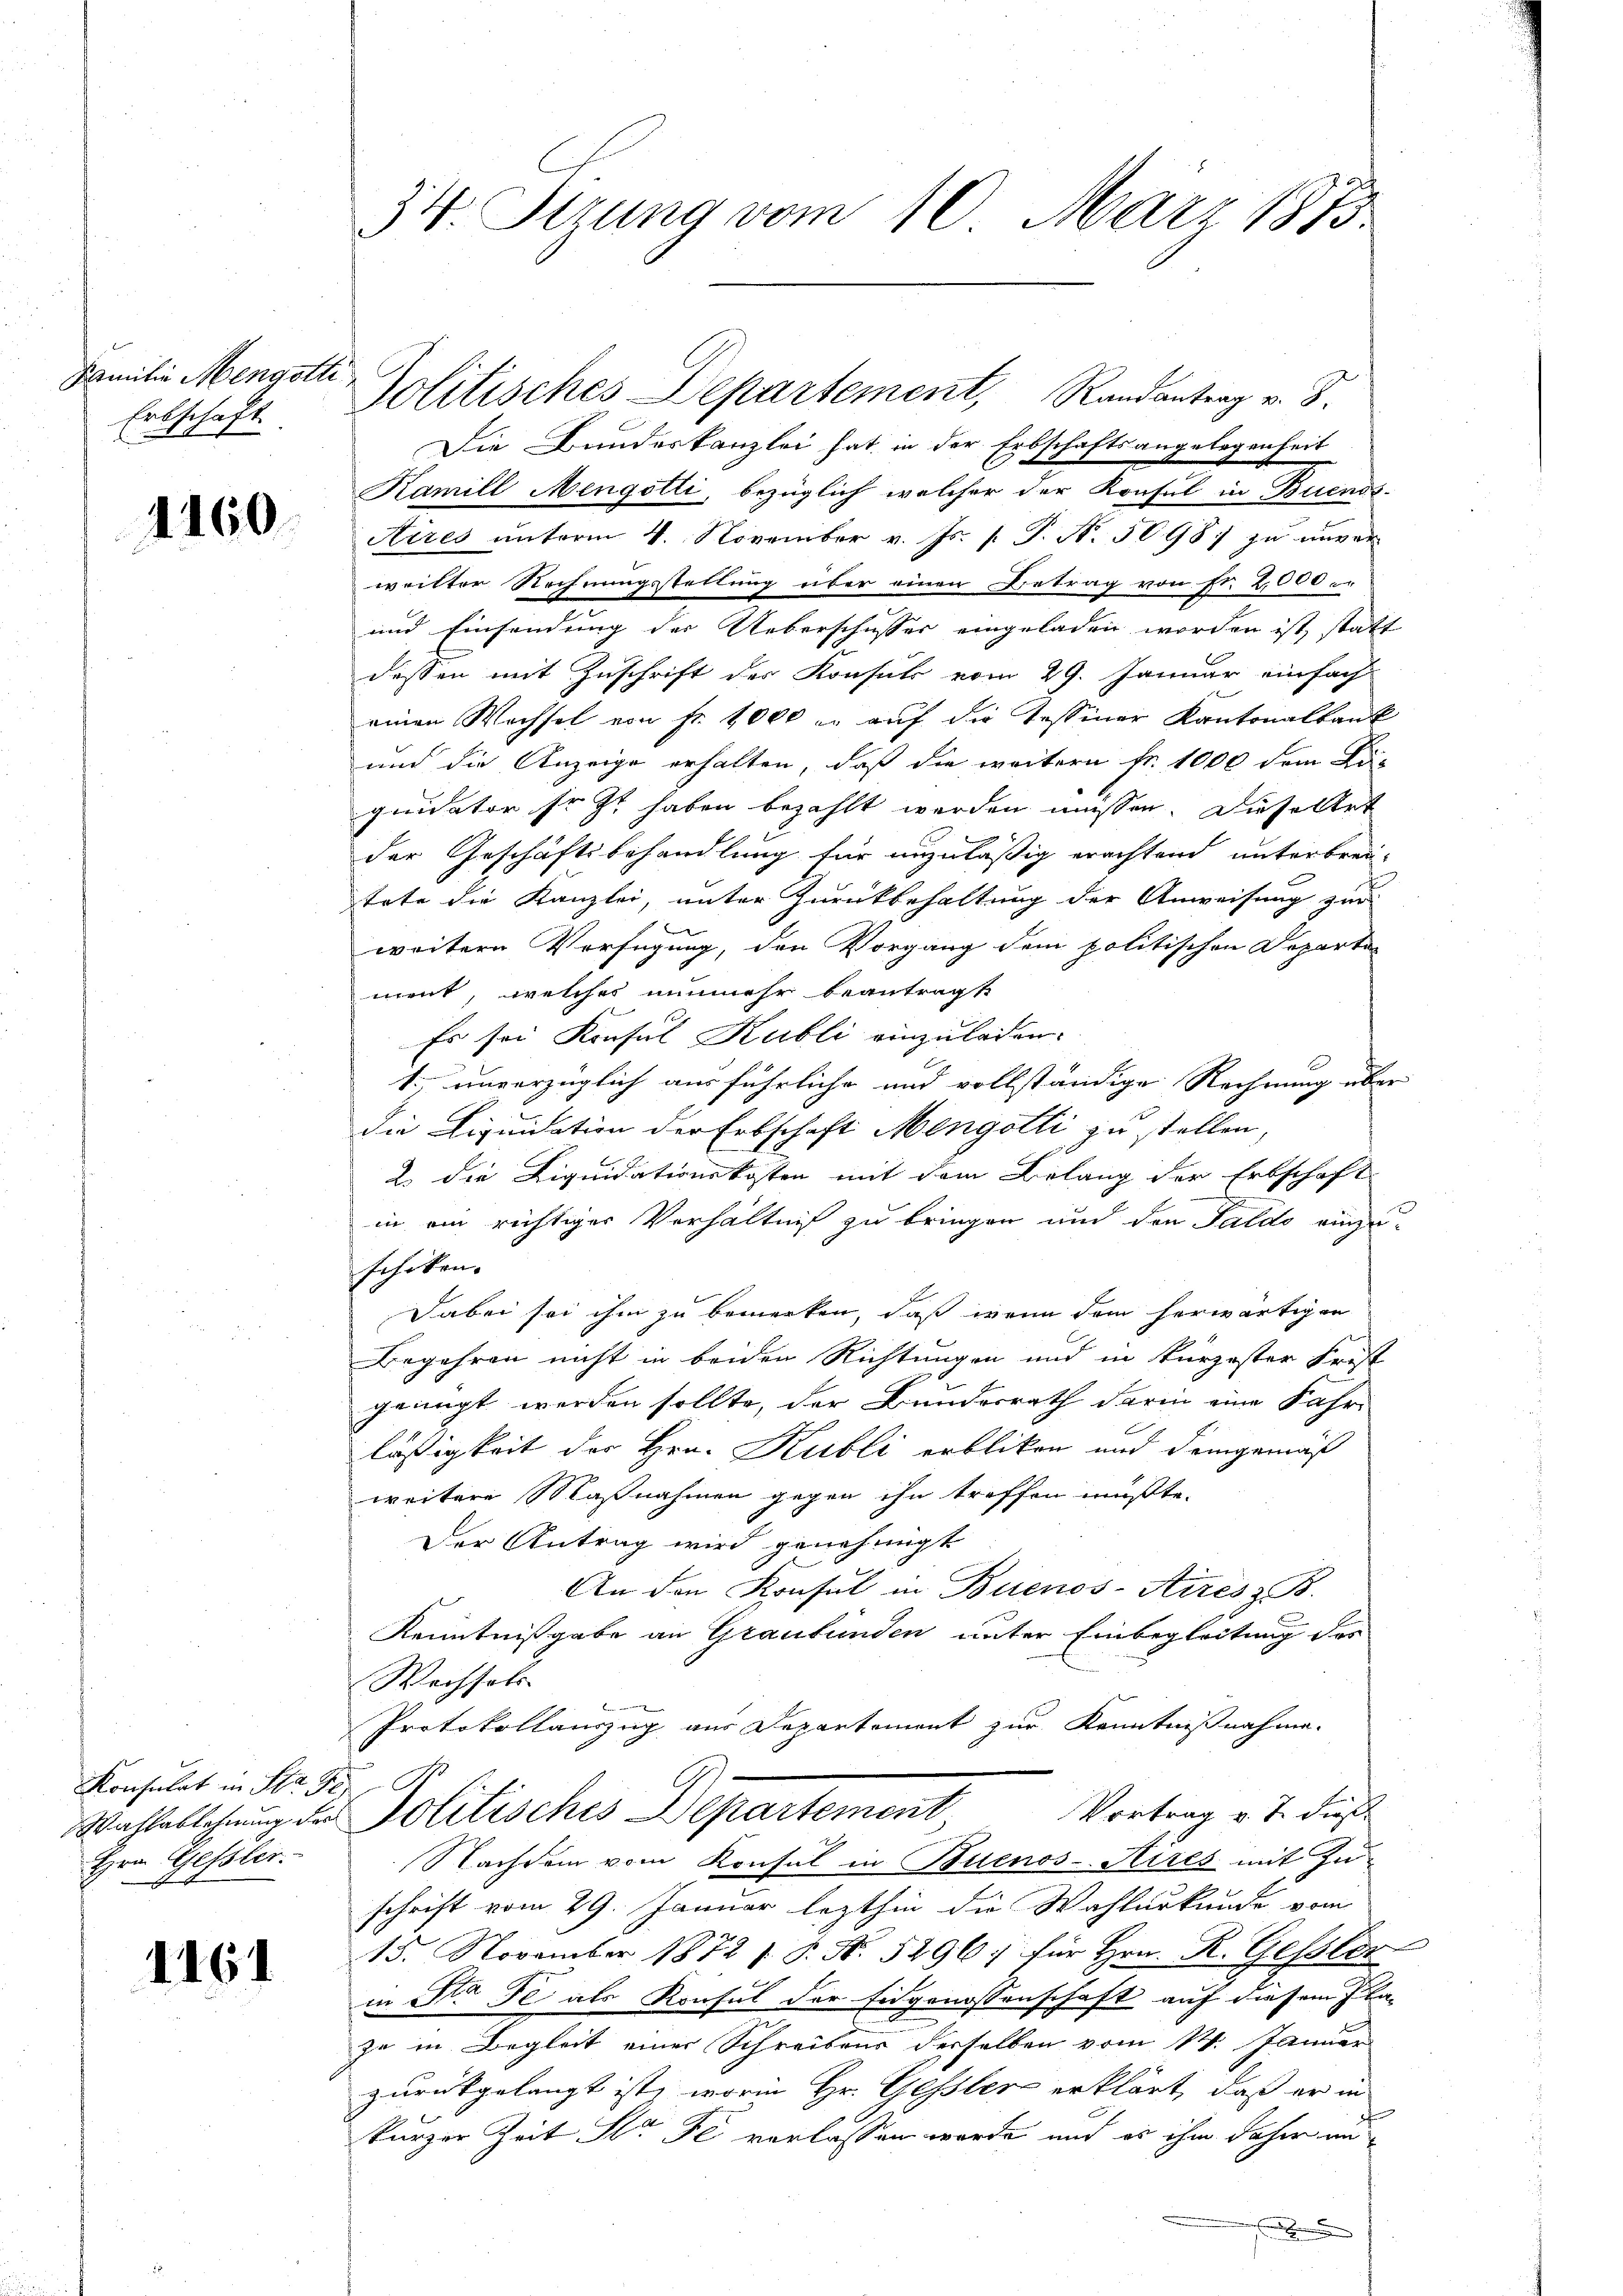
Familie Mengotte
Erbschaft

1160.

Konsulat in Sta Ge
Wahlablehnung des
Hrn. Gessler.
4

1161

34 Stzung vom 10. März 1873

Politisches Departement, Randantrag v. S.

Die Bundeskanzlei hat in der Erbschaftsangelegenheit
Kamill Mengotti, bezüglich welcher der Konsul in Buenos-
Aires unterm 4. November v. Js. p. T. N. 50987 zu unver
weitter Rechnungsstellung über einen Betrag von Fr. 2,000
und Einsendung der Ueberschusser eingeladen worden ist, statt
dessen mit Zuschrift der Konsuls vom 29. Januar einfach
einen Wechsel von fr. 1000 r. auf die Tessiner Kantonalbank
und die Anzeige erhalten, daß die weitern fr. 1000 dem Köquidater so zu haben bezahlt werden müssen. Diese Art
der Geschäftsbehandlung für unzuläßig erachtend unterbrei-
tete die Kanzlei, unter Zurückbehaltung der Anweisung zur
weitern Verfügung, den Vorgang dem politischen Departen
ment, welches nunmehr beantragte
Es sei Konsul Kubli einzuladen.
1. unverzüglich ausführliche und vollständige Rechnung über
die Liquidation der Erbschaft Mengotli zu stellen,
2. die Liquidationskosten mit dem Belang der Erbschaft
in ein richtiger Verhältniß zu bringen und den Saldo einzuschiken. |
Dabei sei ihm zu bemerken, daß wenn dem herwärtigen
Begehren nicht in beiden Richtungen und in kurzester Frist
genügt werden sollte, der Bundesrath darin eine Fahr-
läßigkeit des Hrn. Kubli erblicken und demgemäß
weitere Maßnahmen gegen ihn treffen müßte.
Der Antrag wird genehmigt
An den Konsul in Buenos-Aires z. B.
Kenntnißgabe an Graubünden unter Einbegleitung des
Wechsels
e
Protokollauszug aus Departement zur Kenntnißnahme.
Politisches Departement Vertrag u. dies
Nachdem vom Konsul in Buenos- Kires mit Zu
schrift vom 29. Januar lezthin die Wahlurkunde vom
d
15. November 1872 f. P. Nr. 5296. für Hrn. R. Gessler
in St. Je als Konsul der Eidgenossenschaft auf diesem Plazu in Begleit einer Schreibens derselben vom 14. Januar
zurückgelangt ist, worin Hr. Gessler erklärt, daß er in
kurzer Zeit St. Je verlassen wurde, und es ihm daher un
f